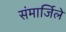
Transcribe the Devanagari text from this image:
संमार्जिले